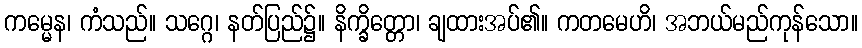
ကမ္မေန၊ ကံသည်။ သဂ္ဂေ၊ နတ်ပြည်၌။ နိက္ခိတ္တော၊ ချထားအပ်၏။ ကတမေဟိ၊ အဘယ်မည်ကုန်သော။